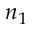
n _ { 1 }